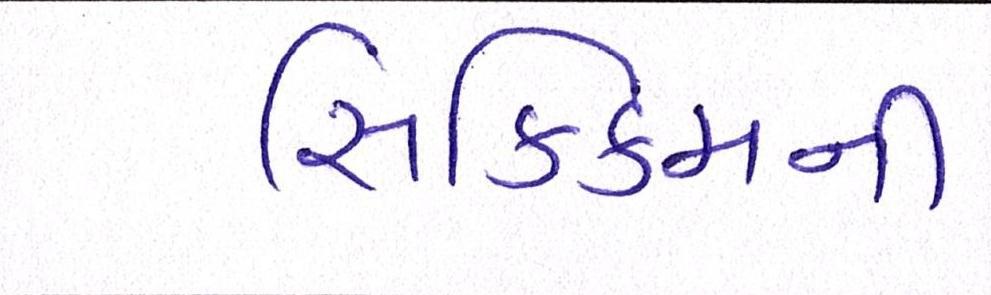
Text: સિક્કિમની